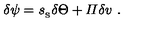
\delta \psi = { s _ { _ \mathrm { S } } } \delta \Theta + { \mit \Pi } \delta v \ .